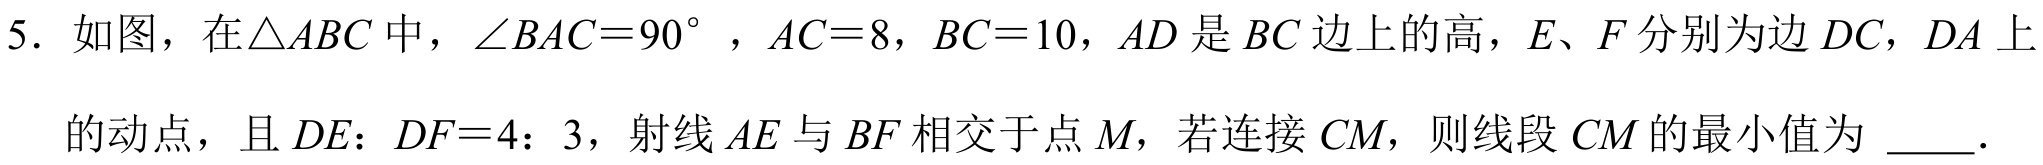
5. 如图，在\(\triangle ABC\)中，\(\angle BAC = 90^{\circ}\)，\(AC = 8\)，\(BC = 10\)，\(AD\)是\(BC\)边上的高，\(E、F\)分别为边\(DC\)，\(DA\)上
的动点，且\(DE：DF = 4：3\)，射线\(AE\)与\(BF\)相交于点\(M\)，若连接\(CM\)，则线段\(CM\)的最小值为  ．